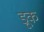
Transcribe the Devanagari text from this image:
डूक